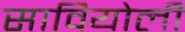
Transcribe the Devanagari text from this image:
सावियोली